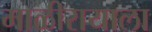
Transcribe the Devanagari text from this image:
माळीरायाला